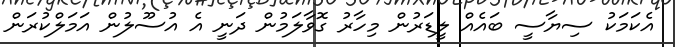
އެކަމަކު ސިޔާސީ ބައެއް ލީޑަރުން މިހާރު ގޮވާލަމުން ދަނީ އެ އުސޫލުން އަމަލްކުރަން